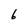
Character: 6